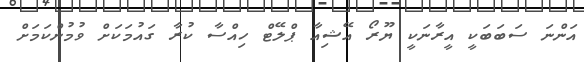
އަންނަ ސަބަބަކީ އީރާނަކީ ޔޫރޯ އޭޝިއާ ޕްލޭޓް ހިއްސާ ކުރާ ގައުމަކަށް ވުމުންކަމަށް